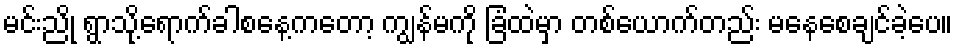
မင်းညို ရွာသို့ရောက်ခါစနေ့ကတော့ ကျွန်မကို ခြံထဲမှာ တစ်ယောက်တည်း မနေစေချင်ခဲ့ပေ။